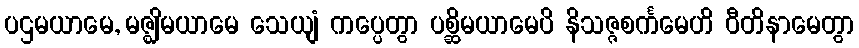
ပဌမယာမေ, မဇ္ဈိမယာမေ သေယျံ ကပ္ပေတွာ ပစ္ဆိမယာမေပိ နိသဇ္ဇစင်္ကမေဟိ ဝီတိနာမေတွာ